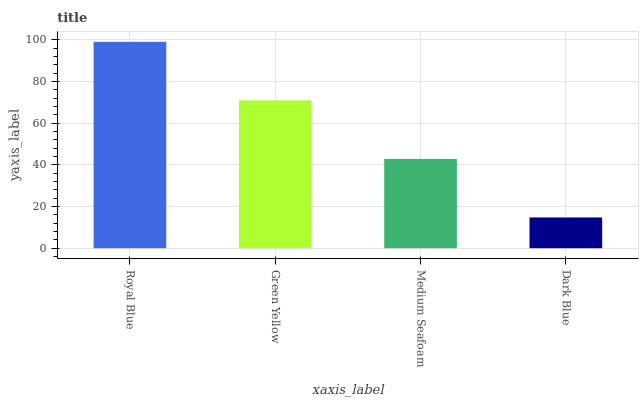
| xaxis_label | bars |
 | --- | --- |
 | Royal Blue | 99 |
 | Green Yellow | 70.9 |
 | Medium Seafoam | 42.8 |
 | Dark Blue | 14.8 |